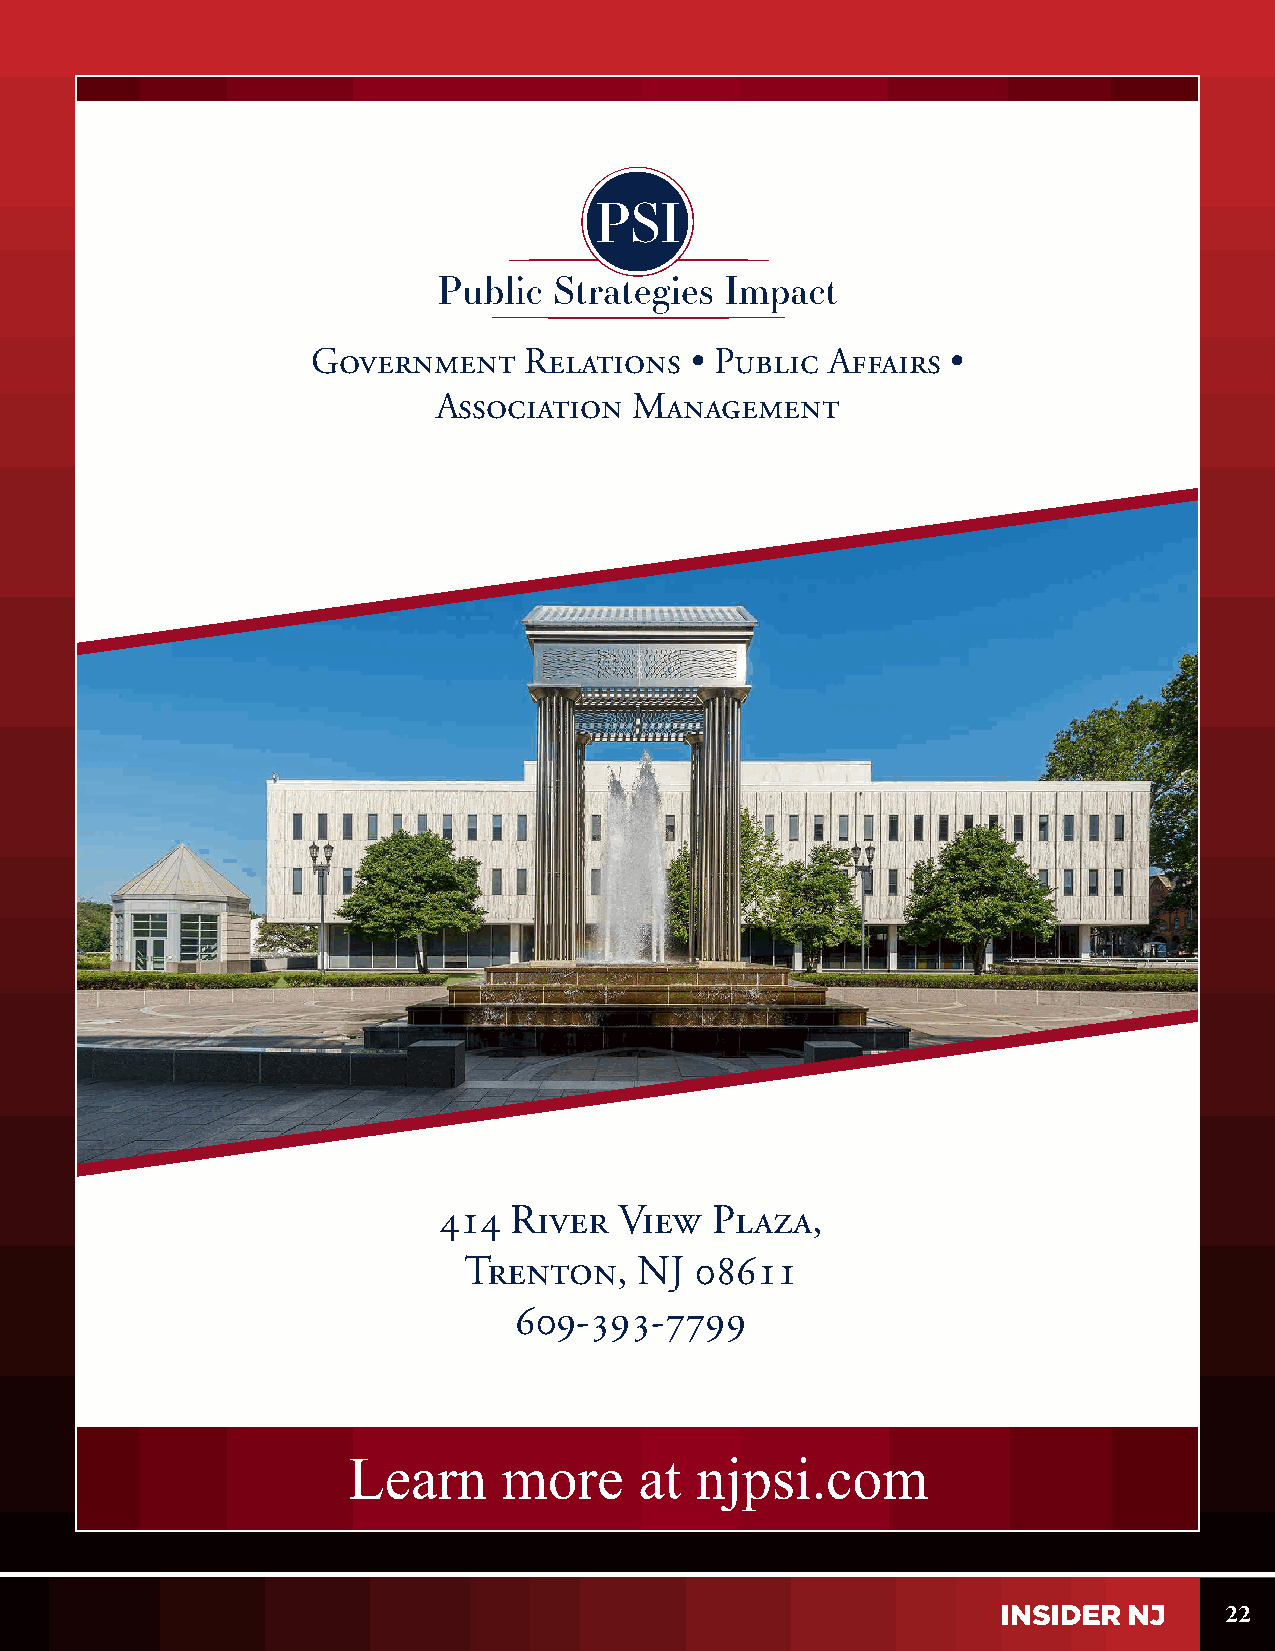
Government    Relations  • Public Affairs •
 Association  Management
 414  River  View  Plaza,
 Trenton,   NJ  08611
 609-393-7799
 22
 Learn     more     at  njpsi.com